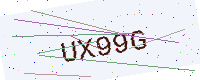
Text: UX99G